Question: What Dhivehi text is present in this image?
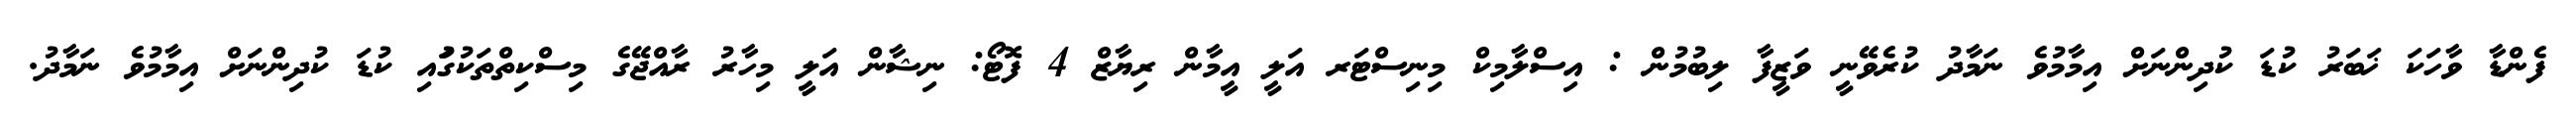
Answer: ފެންޑާ ވާހަކަ ޚަބަރު ކުޑަ ކުދިންނަށް އިމާމުވެ ނަމާދު ކުރެވޭނީ ވަޒީފާ ލިބުމުން : އިސްލާމިކް މިނިސްޓަރ އަލީ އީމާން ރިޔާޒް 4 ފޮޓޯ: ނިޝާން އަލީ މިހާރު ރާއްޖޭގެ މިސްކިތްތަކުގުައި ކުޑަ ކުދިންނަށް އިމާމުވެ ނަމާދު.